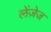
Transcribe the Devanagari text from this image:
लेंज़ेज